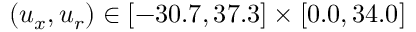
( u _ { x } , u _ { r } ) \in [ - 3 0 . 7 , 3 7 . 3 ] \times [ 0 . 0 , 3 4 . 0 ]